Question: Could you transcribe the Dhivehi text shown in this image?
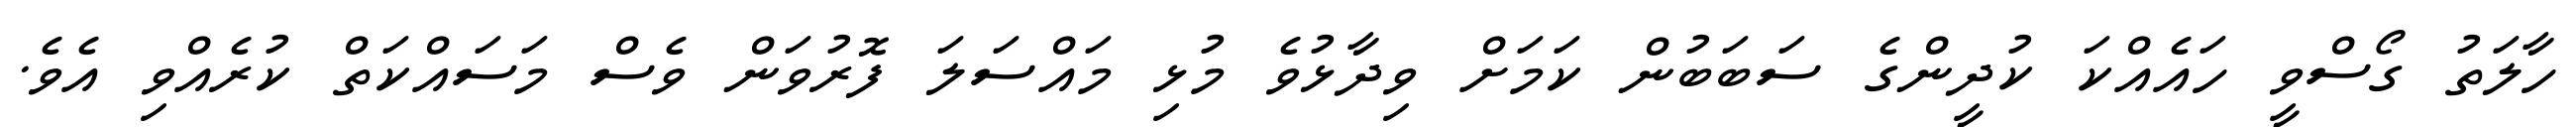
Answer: ހާލަތު ގޯސްވީ ހައެއްކަ ކުދީންގެ ސަބަބުން ކަމަށް ވިދާޅުވެ މުޅި މައްސަލަ ފޮރުވަން ވެސް މަސައްކަތް ކުރެއްވި އެވެ.